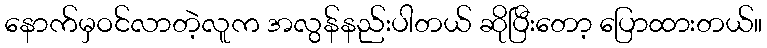
နောက်မှဝင်လာတဲ့လူက အလွန်နည်းပါတယ် ဆိုပြီးတော့ ပြောထားတယ်။